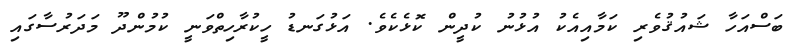
ބަސްއަހާ ޝައުޤުވެރި ކަމާއިއެކު އުޅުނު ކުދީން ކޮޅެކެވެ. އަޅުގަނޑު ހީކުރާހިތްވަނީ ކުމުންދޫ މަދަރުސާގައި